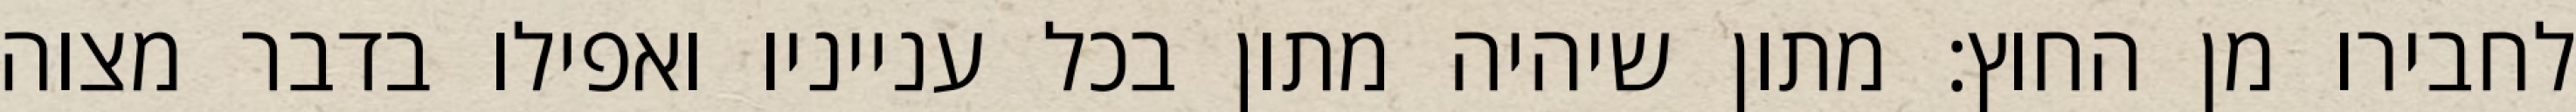
לחבירו מן החוץ: מתון שיהיה מתון בכל ענייניו ואפילו בדבר מצוה